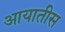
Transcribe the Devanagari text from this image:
आयातीस